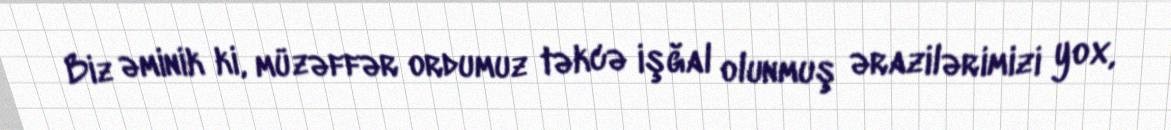
Biz əminik ki, müzəffər ordumuz təkcə işğal olunmuş ərazilərimizi yox,